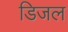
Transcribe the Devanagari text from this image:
डिजल